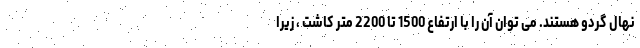
نهال گردو هستند. می توان آن را با ارتفاع 1500 تا 2200 متر کاشت ، زیرا